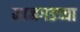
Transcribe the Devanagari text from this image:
मानगडच्या